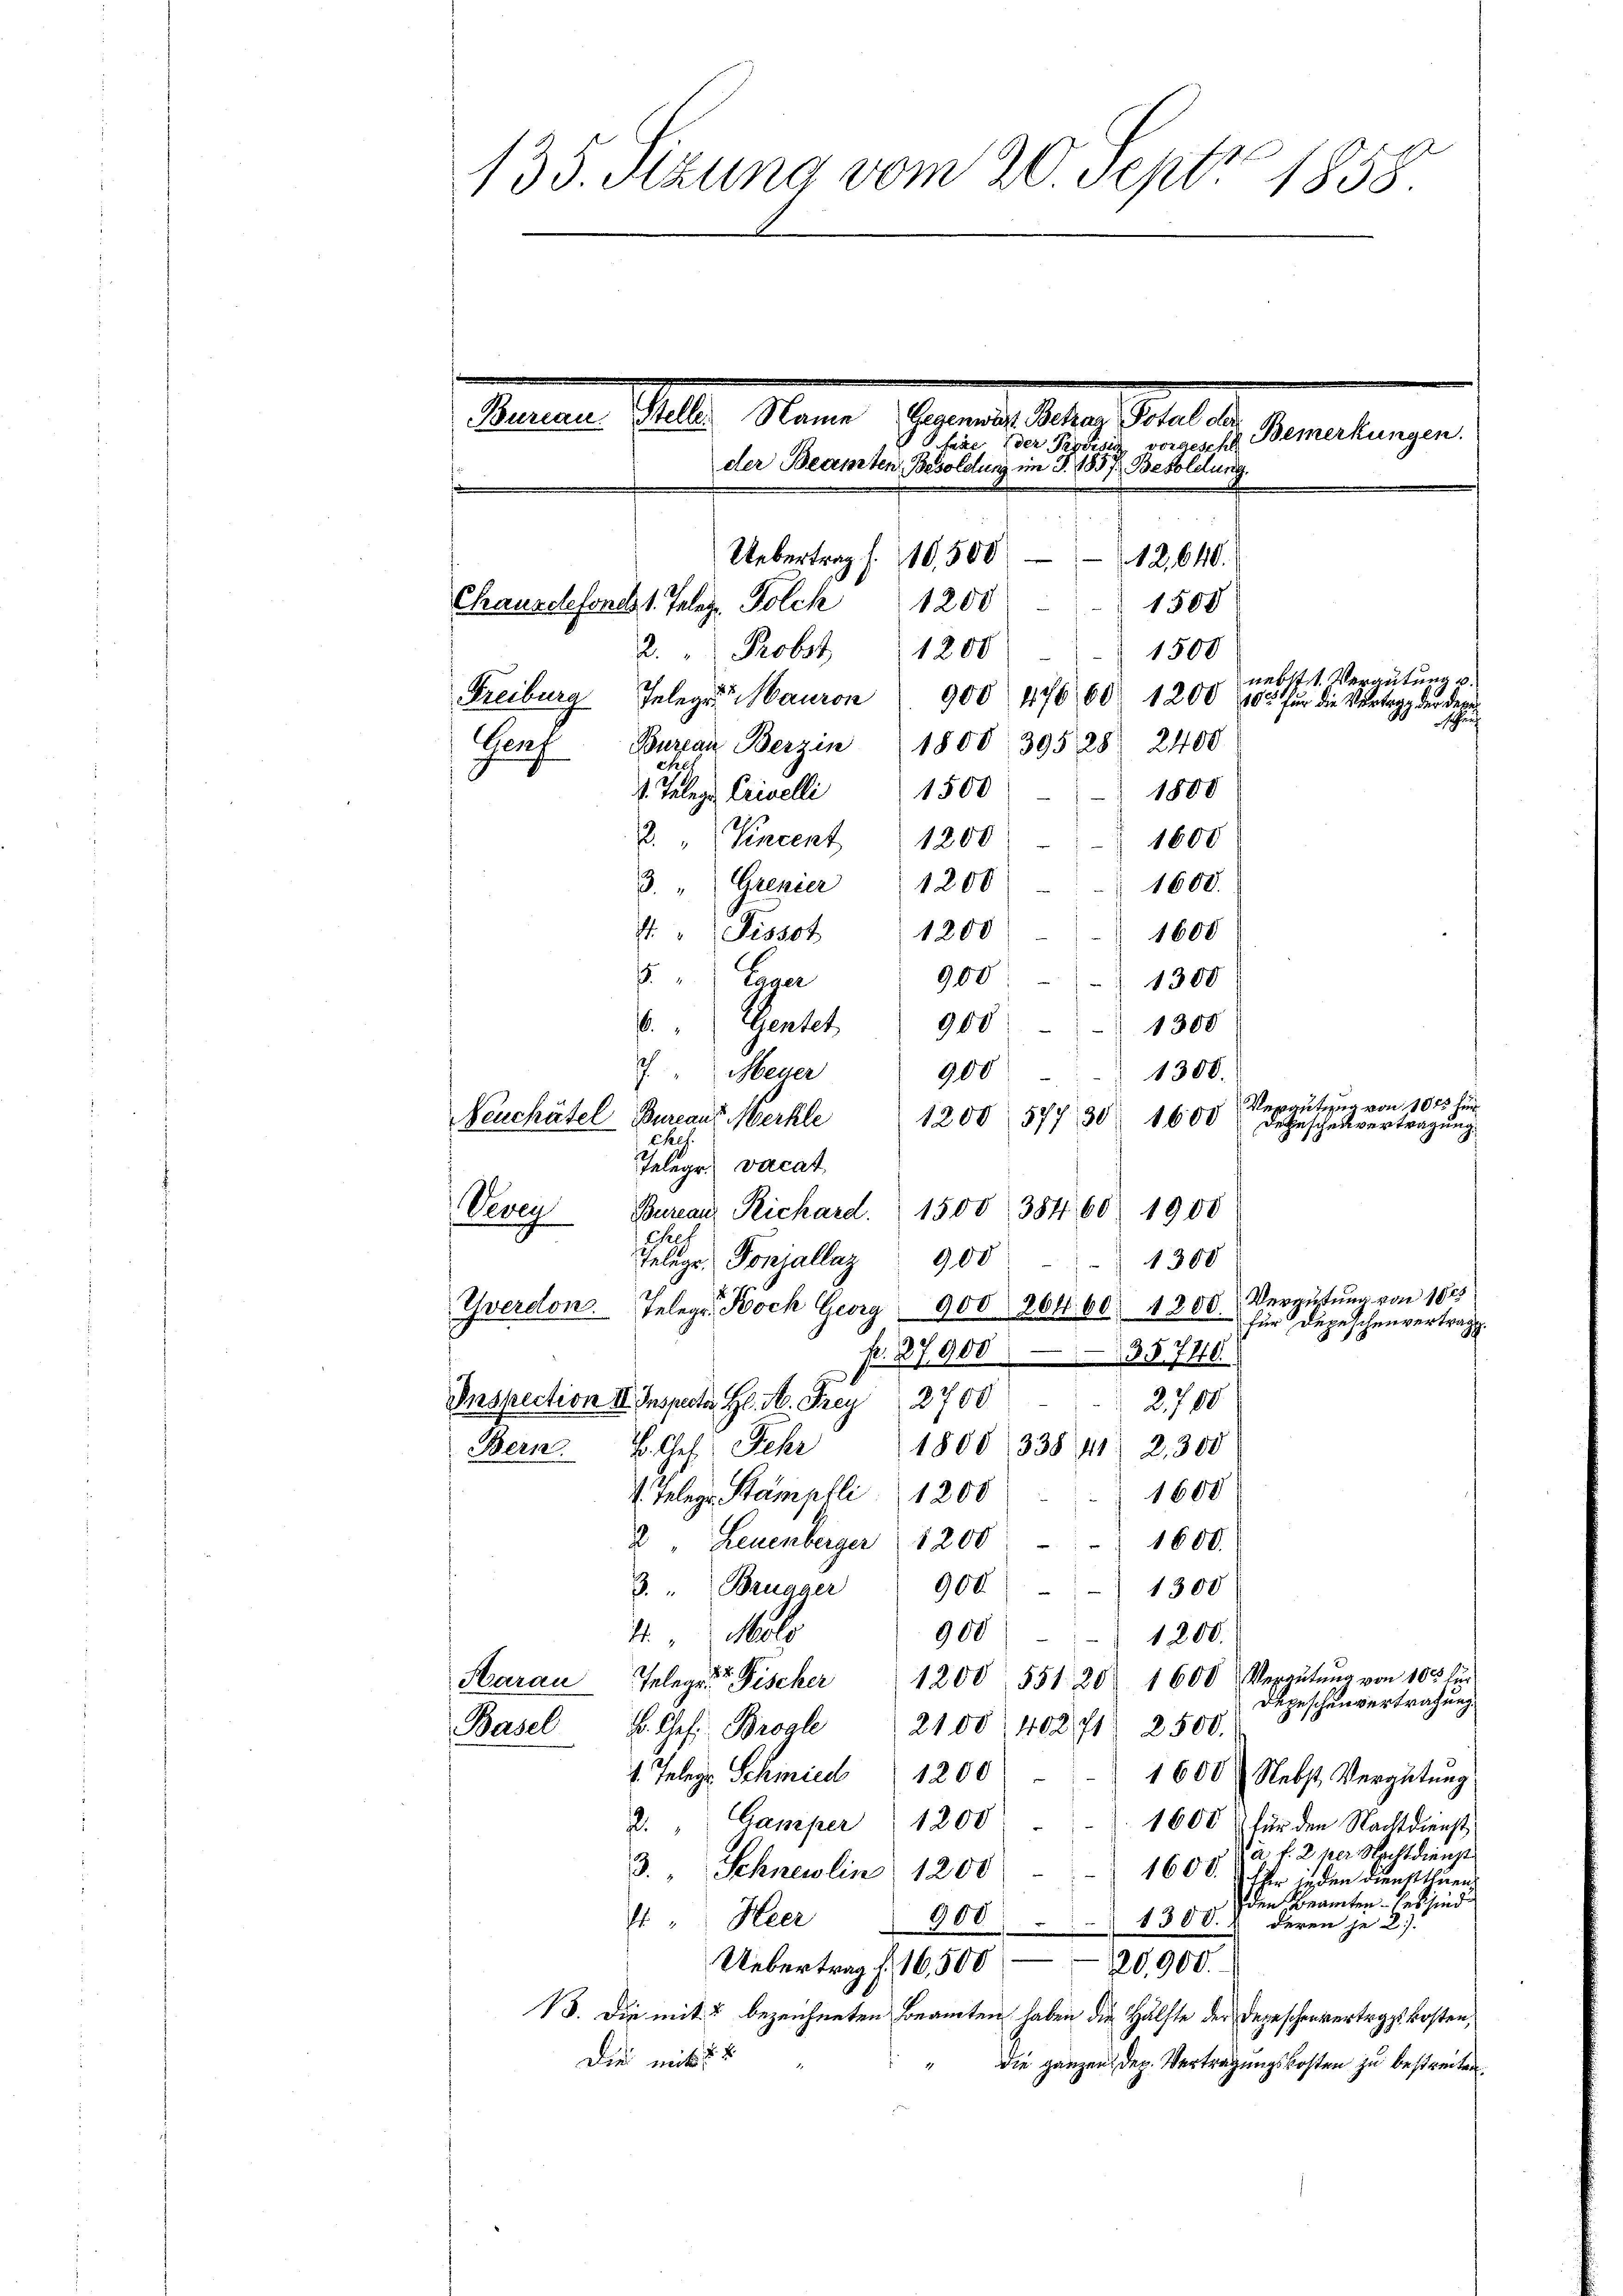
135. Sitzung vom 20. Sept. 1858

Mater Beamte Mater Saal de
Sacere Gele
Bemerkungen.
Phase der Provisi
vorgeschl
der Beamten Besoldung im J. 1857. Besoldung.
Uebertrag f. 10,500 - 12,640.
1200
Chausdefonds 1. Talez. Polch
1508
2. " Probst 1200
1500
nebst 1. Vergütung u.
Freiburg Jelege auron 900 47660 1200 103 für die Vertrag der der
schrif
Bureau Berzin 1800 39528 2400
Sach
Ehrl
1800
1. Telege Crivelli  1500
2. " Vincent 1200
1600
3. "   Grenier 1200
1600.
. " Pissot 1200 - 1600
8. " Caver
900
1300
6. " Gentel 900
1300
J. " Meyer
1300.
900
Vergütung von 1815 für
1200. 577, 30 1600
Neuchâtel Bureaus Merkle
Depeschenvertragung.
Chel.

Telegr. vacat
Vevey Bureau Richard. 1500, 38460. 1900
Ch
Telege Ponjallaz
900
Yverdon. Telegr. Bock Georg 900 264. 60. 1200.
f. 27,900
3§7710.
Inspection II. Inspector H. M. Frey 2700
2780
V. Ges. Jahr
Bern.
1600
. Telege Stämpfli 1200
2 Leuenberger 1200
1600.
3. " Brugger 900
1300
900
4. Mals
1200.
Haran Telegr. Fischer 1200. 551. 20. 1600 Vergütŭng von 100 für
Depeschen vertragung.
B. Ges. Brogle 2100. 402 1 2500.
Basel
1. Telege Schinie 1200
1600 Nebst Vergütung
Gamper 1200
1600 für den Nachtdienst
f
a. f. 2 her Nachtdienst
3. Schneidlin 1200
1600. ffer in den Diensttlien.
den Beamten - es sind
4. " Heer
900. 130 S. 2 deren je 2).
20,900.
Uebertrag f. 16,500
13. Die mit 2 bezeichneten Beamten haben die Hälfte der Depeschenvertrags kosten,
Die mit 1 2
die ganzen Dep. Vertragungskosten zu bestreiten.

1808, 338, 41 2.300

300
Vergütung von 1025

für Depeschenvertragt.